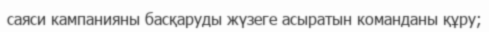
саяси кампанияны басқаруды жүзеге асыратын команданы құру;